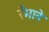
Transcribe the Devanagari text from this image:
रँभाने